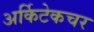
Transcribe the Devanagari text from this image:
अर्किटेकचर